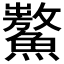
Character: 𩼡